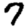
Digit: 7